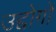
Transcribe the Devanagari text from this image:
उद्दोगों